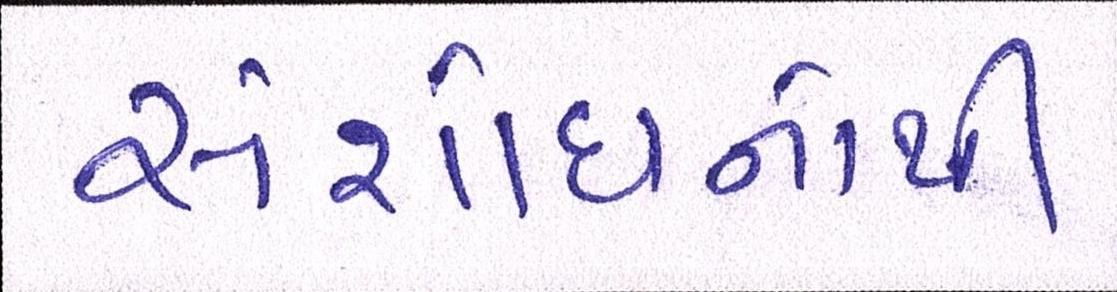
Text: સંશોધનોથી